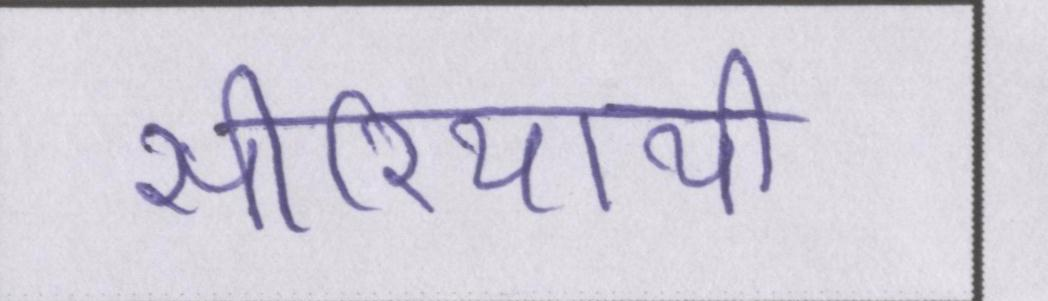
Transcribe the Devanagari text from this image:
सीरियायी